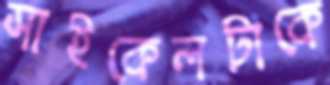
সাইকেলটাকে